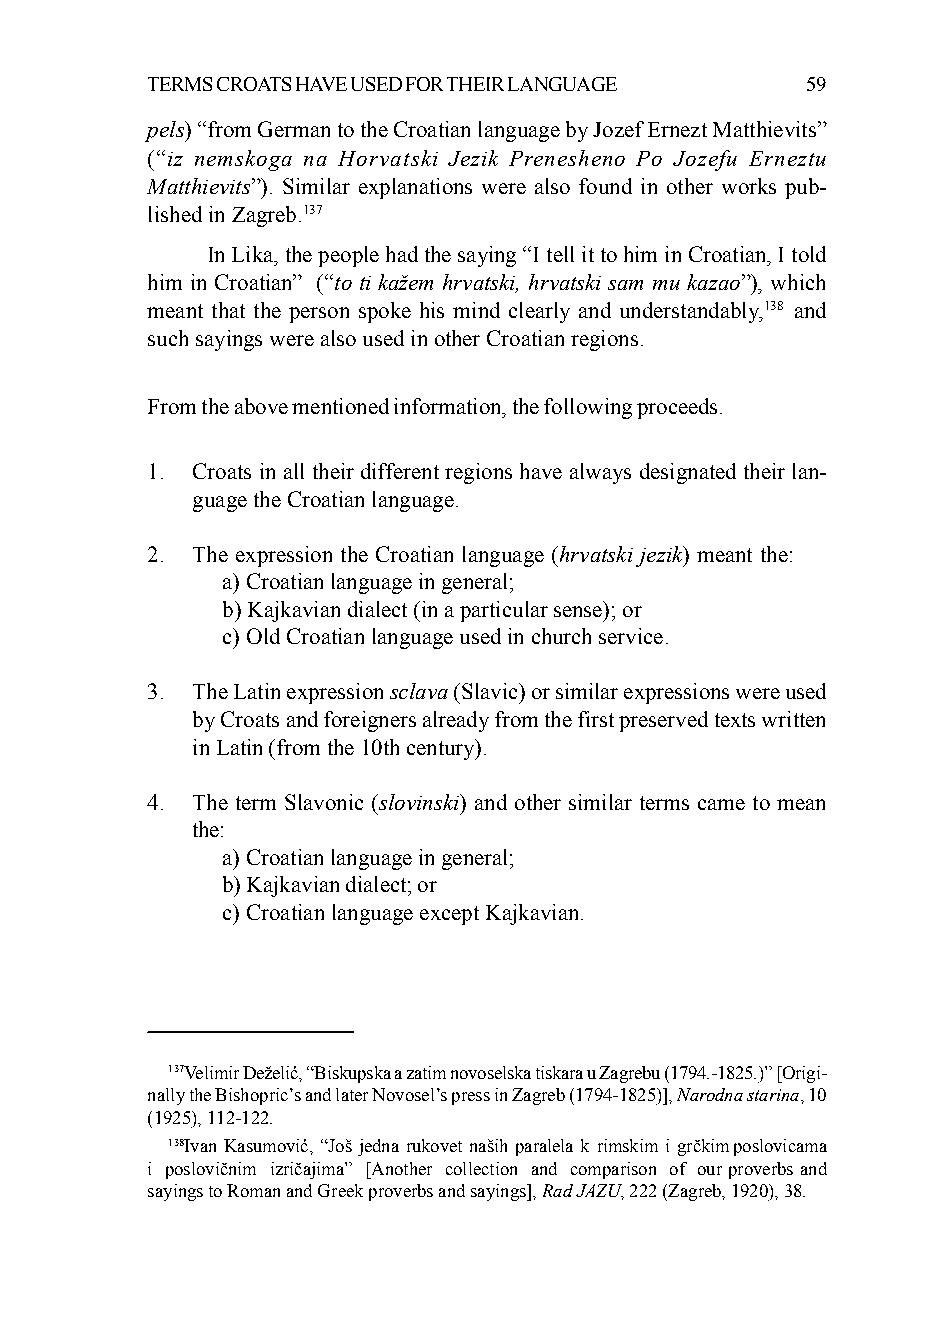
TERMS CROATS HAVE USED FOR THEIR LANGUAGE  59
 pels) “from German to the Croatian language by Jozef Ernezt Matthievits”
 (“iz nemskoga na Horvatski Jezik Prenesheno Po Jozefu Erneztu
 Matthievits”). Similar explanations were also found in other works pub-
 lished in Zagreb.137
 In Lika, the people had the saying “I tell it to him in Croatian, I told
 him in Croatian” (“to ti kažem hrvatski, hrvatski sam mu kazao”), which
 meant that the person spoke his mind clearly and understandably,138 and
 such sayings were also used in other Croatian regions.
 From the above mentioned information, the following proceeds.
 1. Croats in all their different regions have always designated their lan-
 guage the Croatian language.
 2. The expression the Croatian language (hrvatski jezik) meant the:
 a) Croatian language in general;
 b) Kajkavian dialect (in a particular sense); or
 c) Old Croatian language used in church service.
 3. The Latin expression sclava (Slavic) or similar expressions were used
 by Croats and foreigners already from the first preserved texts written
 in Latin (from the 10th century).
 4. The term Slavonic (slovinski) and other similar terms came to mean
 the:
 a) Croatian language in general;
 b) Kajkavian dialect; or
 c) Croatian language except Kajkavian.
 137Velimir Deželić, “Biskupska a zatim novoselska tiskara u Zagrebu (1794.-1825.)” [Origi-
 nally the Bishopric’s and later Novosel’s press in Zagreb (1794-1825)], Narodna starina, 10
 (1925), 112-122.
 138Ivan Kasumović, “Još jedna rukovet naših paralela k rimskim i grčkim poslovicama
 i poslovičnim izričajima” [Another collection and comparison of our proverbs and
 sayings to Roman and Greek proverbs and sayings], Rad JAZU, 222 (Zagreb, 1920), 38.